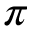
\pi